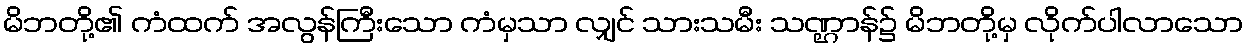
မိဘတို့၏ ကံထက် အလွန်ကြီးသော ကံမှသာ လျှင် သားသမီး သဏ္ဌာန်၌ မိဘတို့မှ လိုက်ပါလာသော